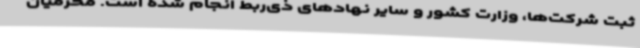
ثبت شرکت‌ها، وزارت کشور و سایر نهادهای ذی‌ربط انجام شده است. محرمیان